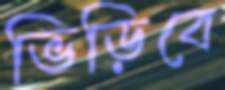
ভিড়িবে